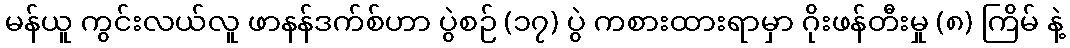
မန်ယူ ကွင်းလယ်လူ ဖာနန်ဒက်စ်ဟာ ပွဲစဉ် (၁၇) ပွဲ ကစားထားရာမှာ ဂိုးဖန်တီးမှု (၈) ကြိမ် နဲ့